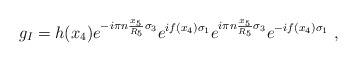
\begin{align*}g_I = h(x_4) e^{-i\pi n {x_5 \over {R_5}}\sigma_3} e^{if(x_4)\sigma_1} e^{i\pi n {x_5 \over {R_5}}\sigma_3} e^{-if(x_4)\sigma_1}\ , \end{align*}